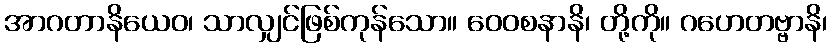
အာဂတာနိယေဝ၊ သာလျှင်ဖြစ်ကုန်သော။ ဝေဝစနာနိ၊ တို့ကို။ ဂဟေတဗ္ဗာနိ၊